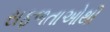
સફળતાઓથી